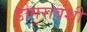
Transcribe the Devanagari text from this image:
डोगरावंशी